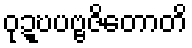
ဝုဍ္ဎပဗ္ဗဇိတောတိ